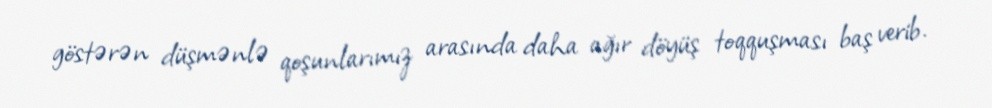
göstərən düşmənlə qoşunlarımız arasında daha ağır döyüş toqquşması baş verib.